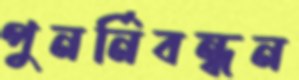
পুনর্নিবন্ধন